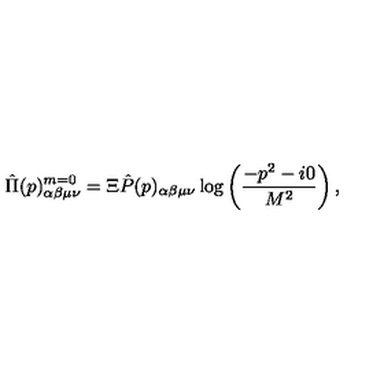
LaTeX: \hat { \Pi } ( p ) _ { \alpha \beta \mu \nu } ^ { m = 0 } = \Xi \hat { P } ( p ) _ { \alpha \beta \mu \nu } \log \left( \frac { - p ^ { 2 } - i 0 } { M ^ { 2 } } \right) ,